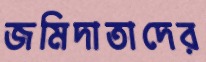
জমিদাতাদের